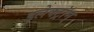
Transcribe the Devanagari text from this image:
इलेक्ट्रॉन्